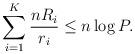
LaTeX: \begin{align*} \sum_{i=1}^K\frac{nR_i}{r_i}\leq n\log P.\end{align*}